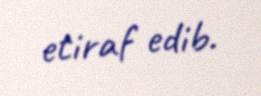
etiraf edib.